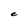
Character: e